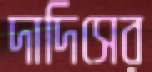
দাদিসের